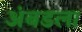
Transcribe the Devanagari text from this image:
अंबडला